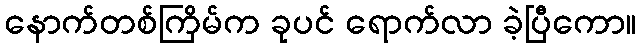
နောက်တစ်ကြိမ်က ခုပင် ရောက်လာ ခဲ့ပြီကော။